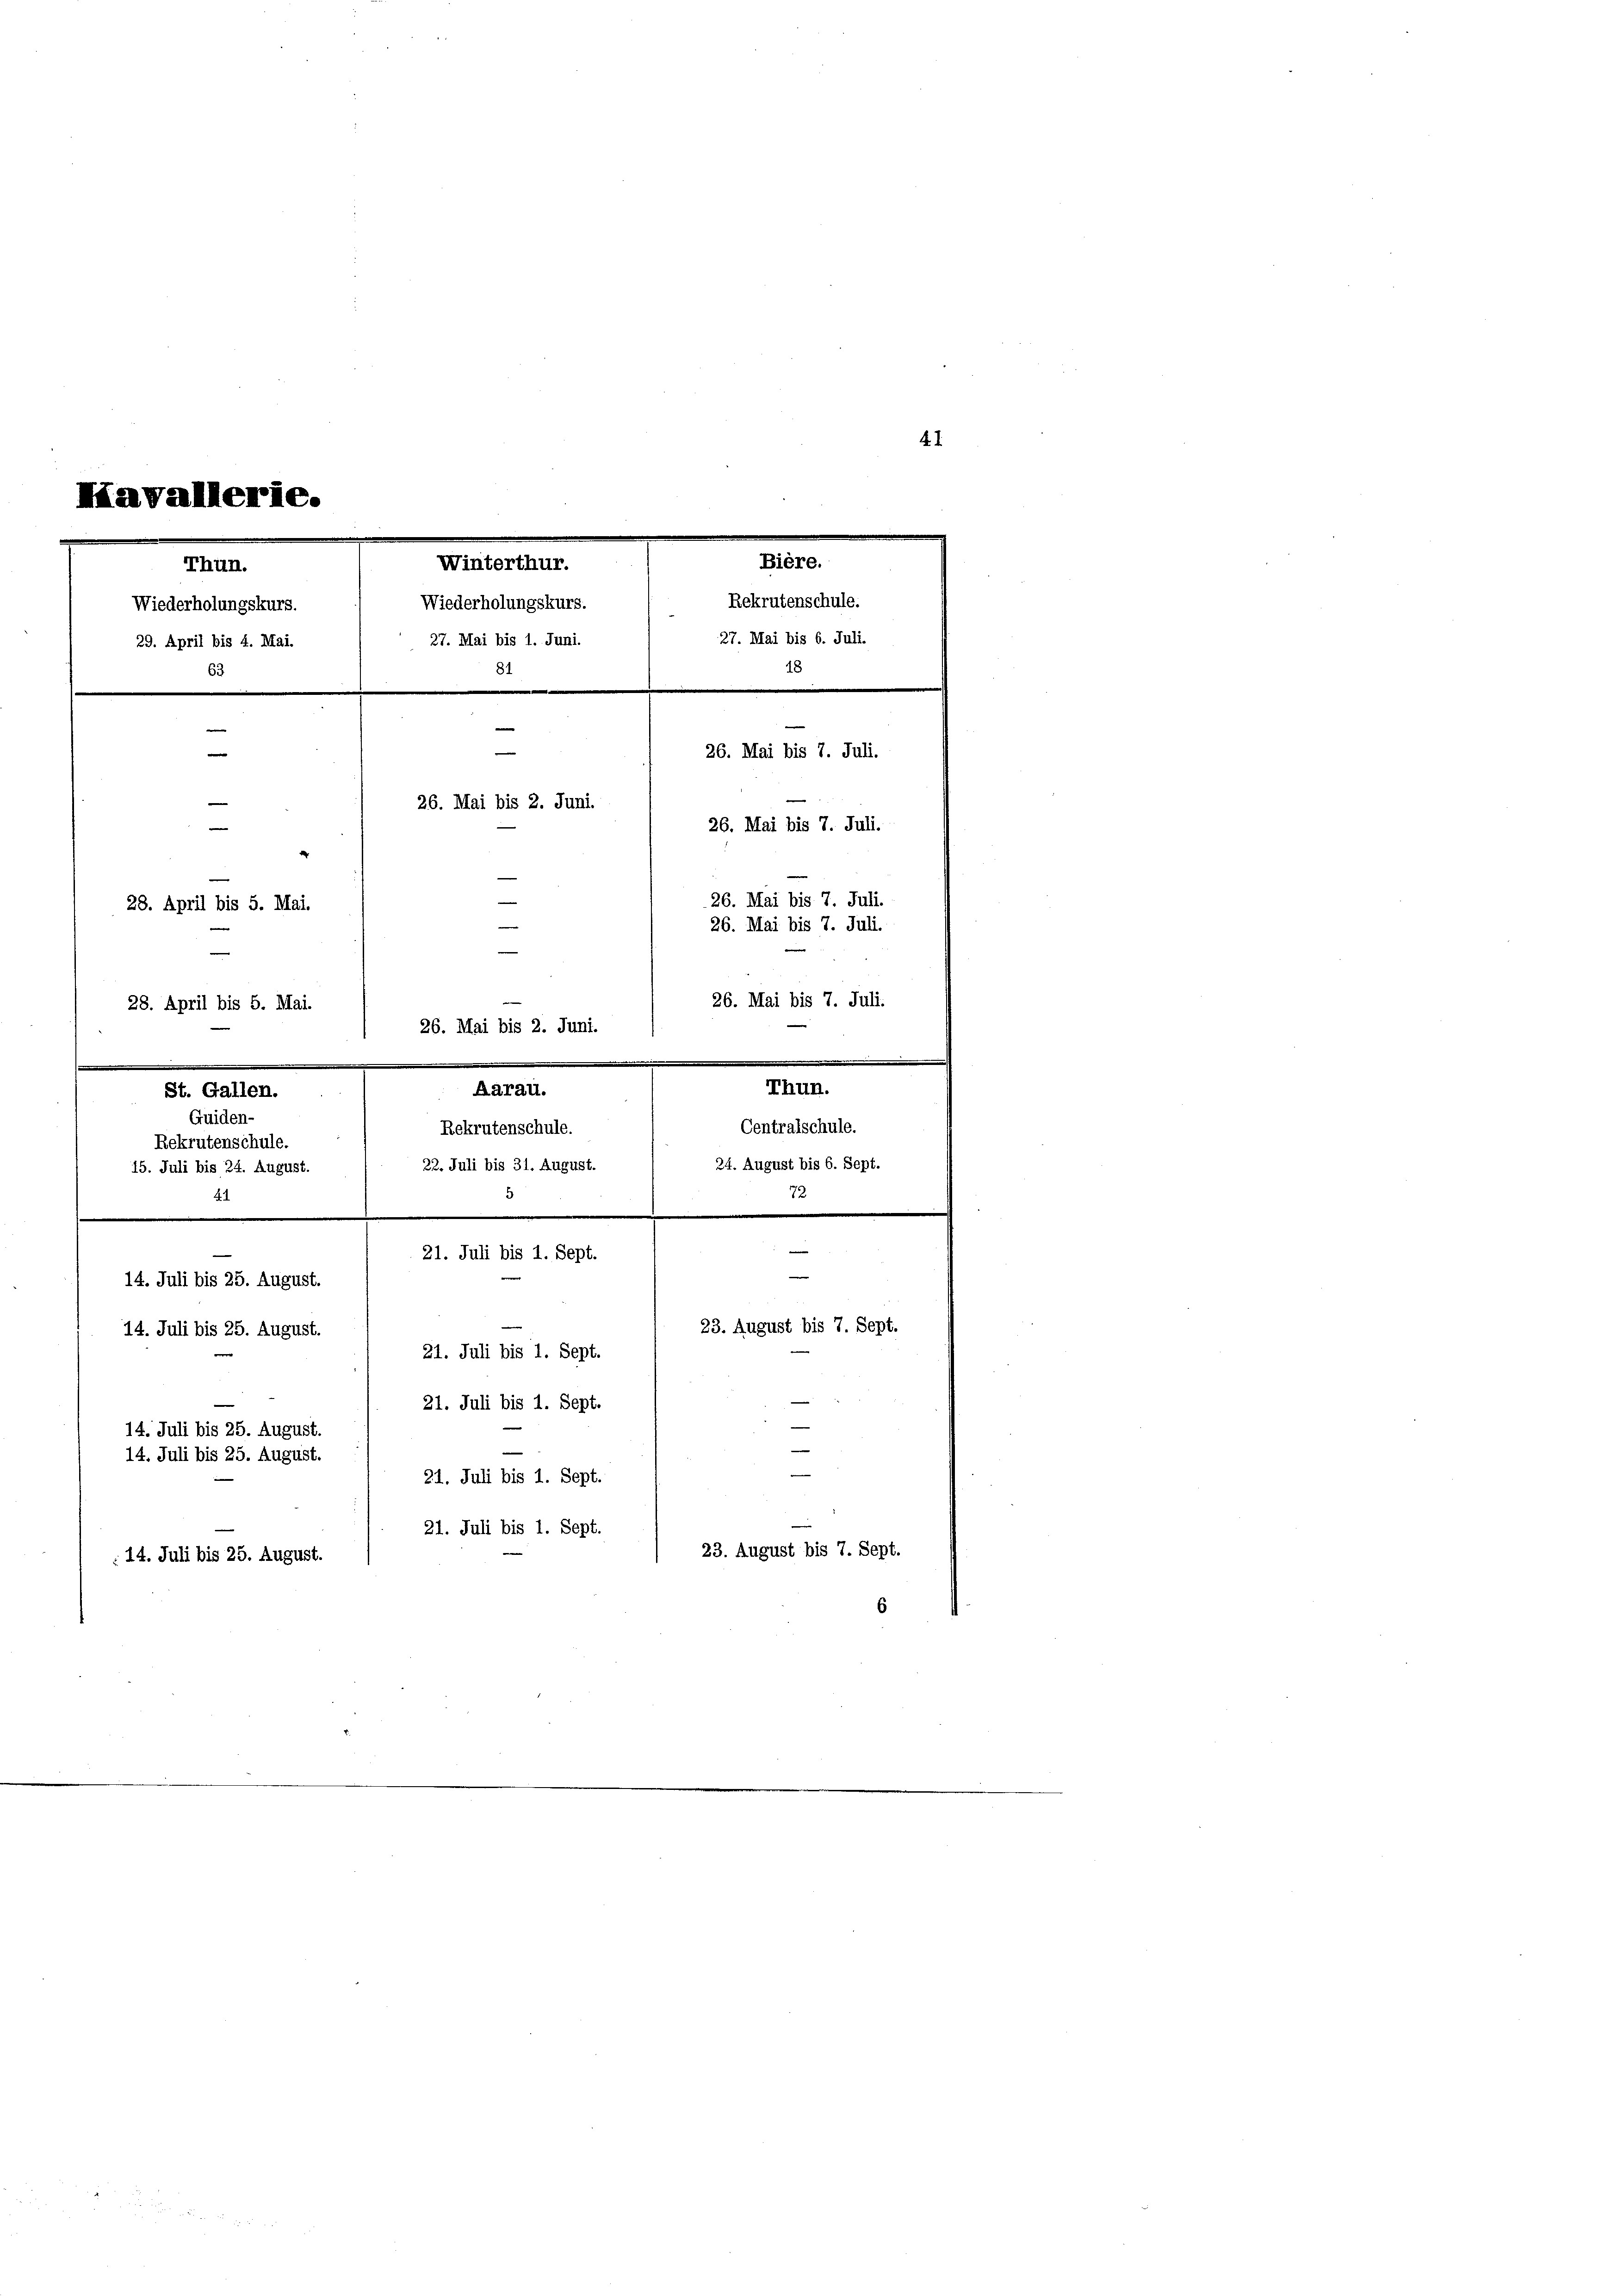
Havallerie.
Bière.
Thun.
Rekrutenschule.
Wiederholungskurs.
27. Mai bis 6. Juli.
27. Mai bis 1. Juni.
29. April bis 4. Mai.
18
81
63
e
e

26. Mai bis 7. Juli.
e
26. Mai bis 2. Juni.
e
26. Mai bis 7. Juli.
.
26. Mai bis 7. Juli.
28. April bis 5. Mai.
26. Mai bis 7. Juli.

28. April bis 5. Mai.
.
Guiden-
Rekrutenschule.
Rekrutenschule.
c
22. Juli bis 31. August.
15. Juli bis 24. August.
5
.
e
21. Juli bis 1. Sept.
14. Juli bis 25. August.
14. Juli bis 25. August.
21. Juli bis 1. Sept.
21. Juli bis 1. Sept.
14. Juli bis 25. August.
14. Juli bis 25. August.
21. Juli bis 1. Sept.
21. Juli bis 1. Sept.
 24. Juli bis 25. August.

e
.
Winterthur.
Wiederholungskurs.

26. Mai bis 2. Juni.
Aarau.

26. Mai bis 7. Juli.

Thun.
Centralschule.
24. August bis 6. Sept.
72
e

e

23. August bis 7. Sept.

23. August bis 7. Sept.

41

6